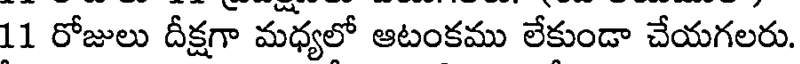
11 రోజులు దీక్షగా మధ్యలో ఆటంకము లేకుండా చేయగలరు.